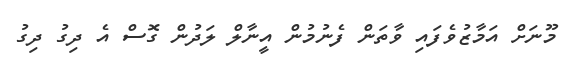
މޫނަށް އަމާޒުވެފައި ވާތަން ފެނުމުން އީނާލް ލަދުން ގޮސް އެ ދިގު ދިގު